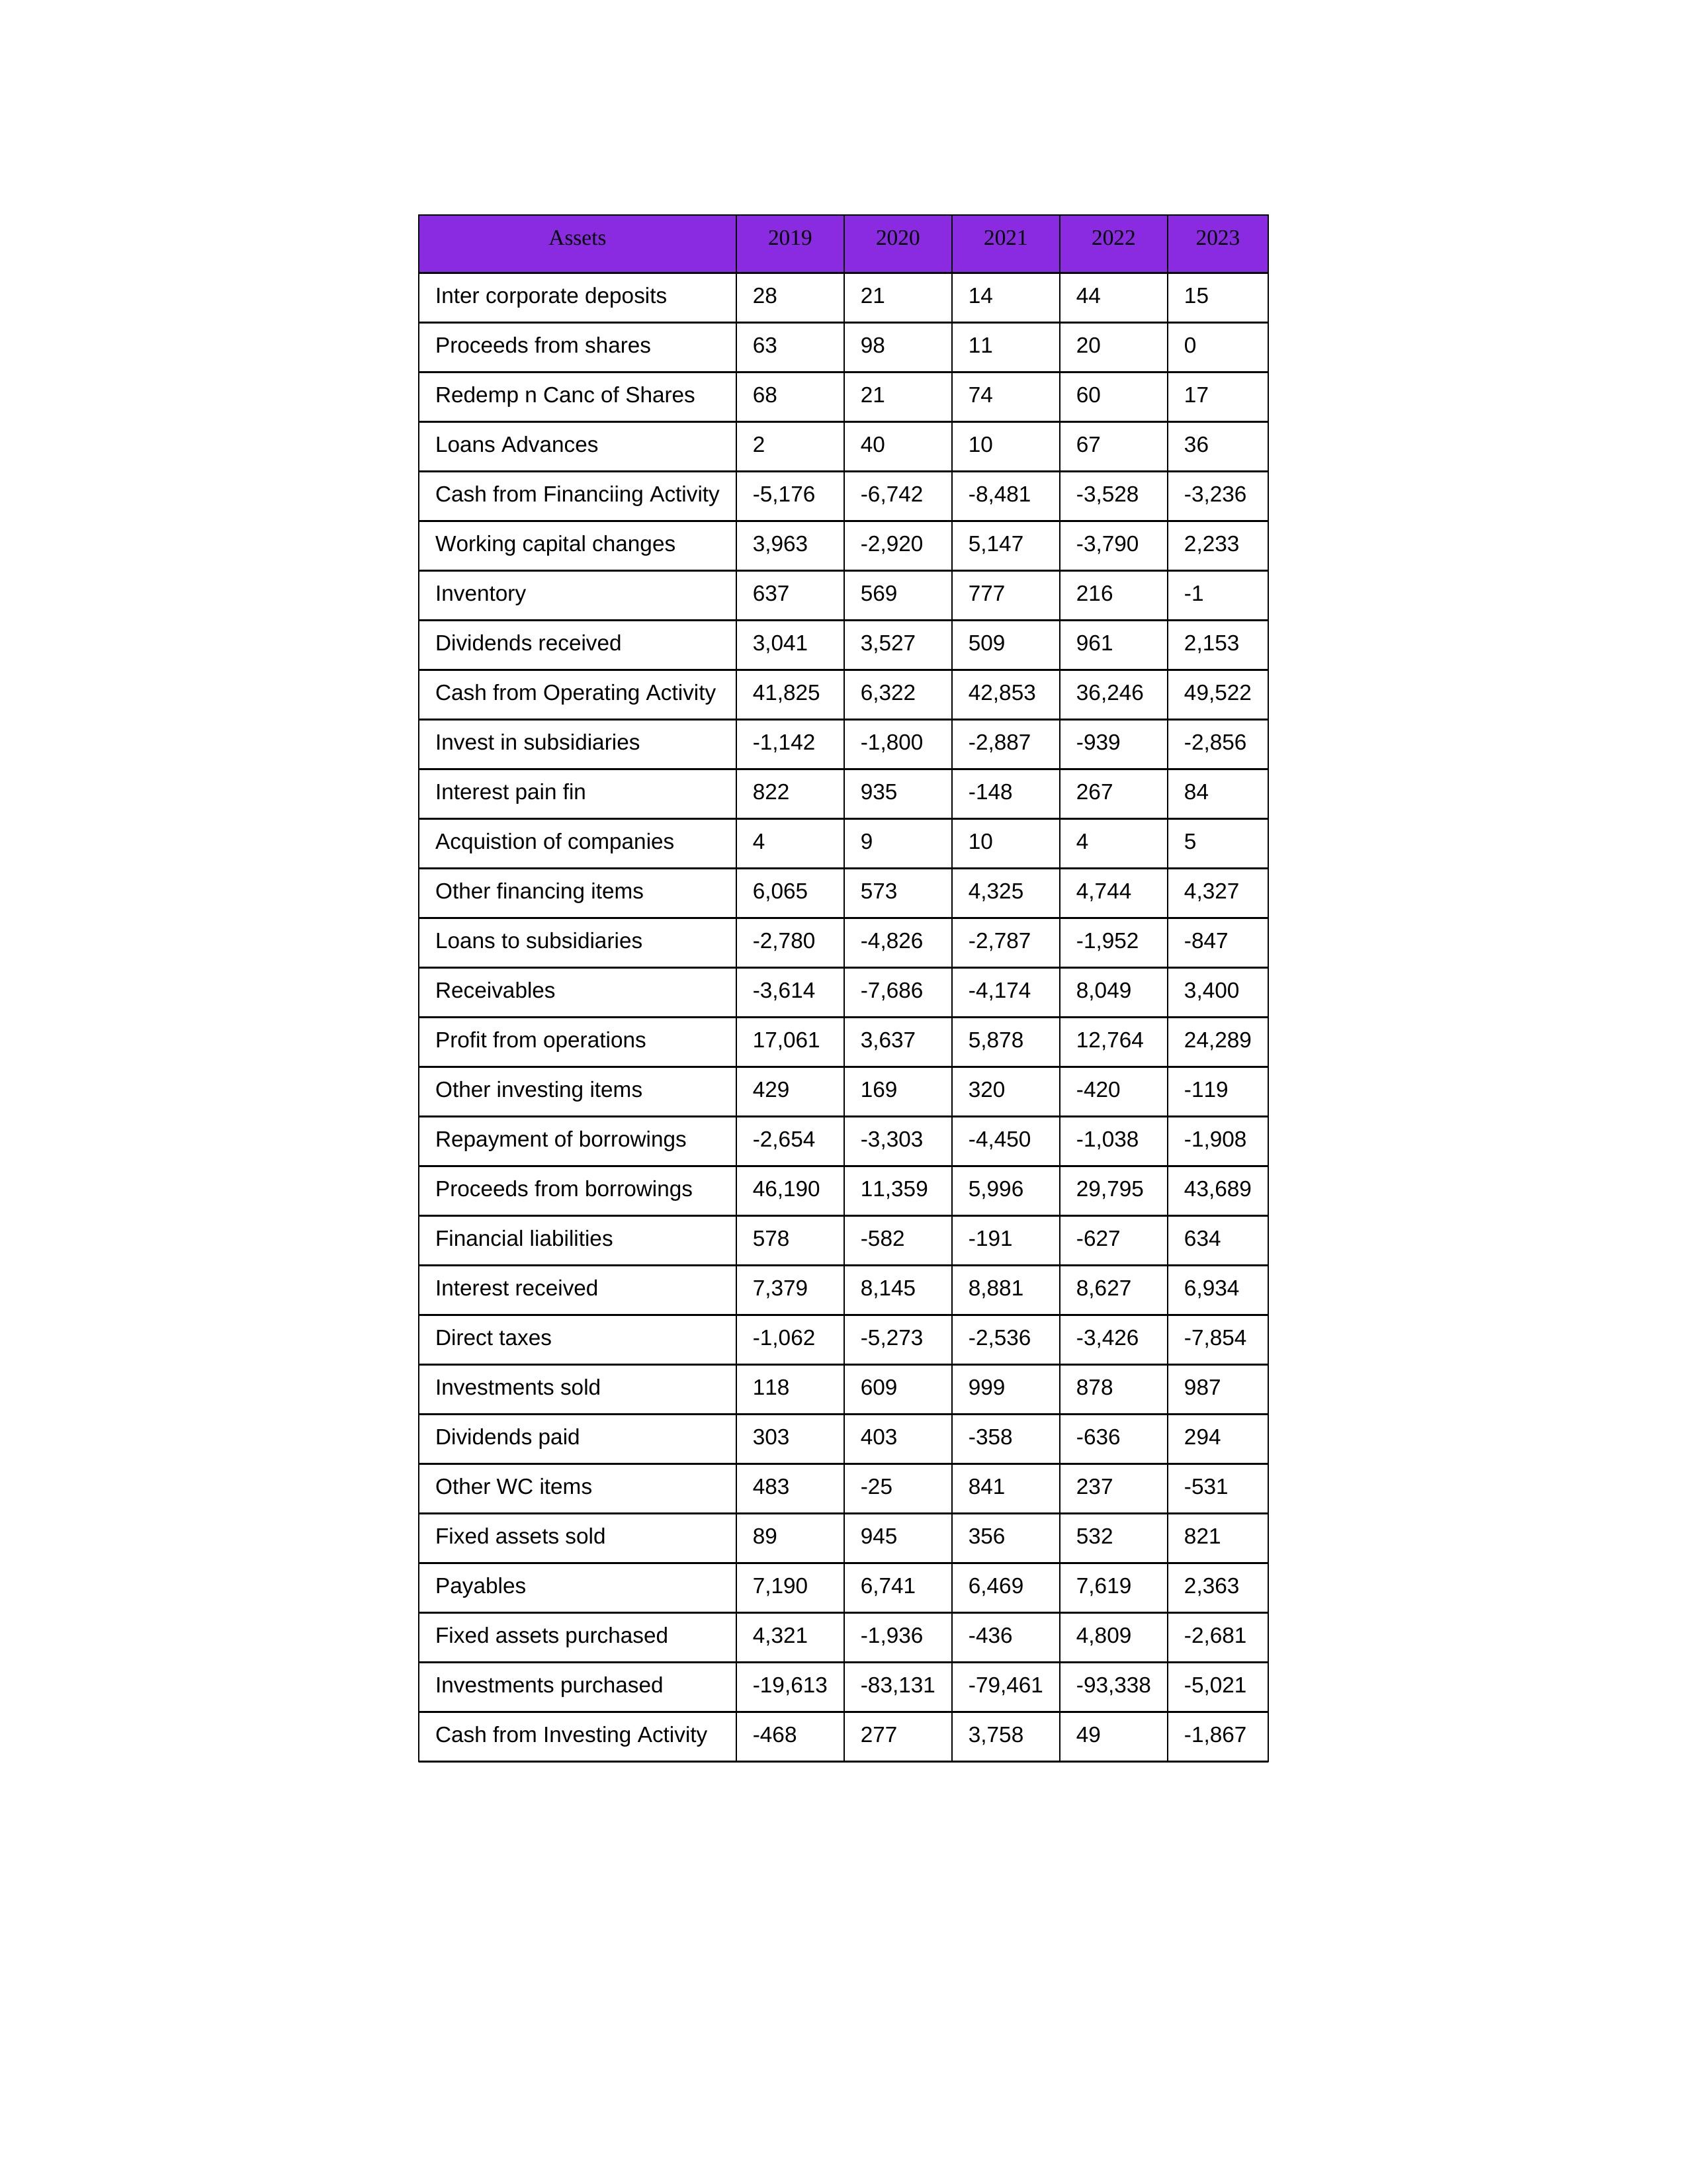
gt_parse: 2019: Cash from Operating Activity: 41,825
Profit from operations: 17,061
Receivables: -3,614
Inventory: 637
Payables: 7,190
Loans Advances: 2
Other WC items: 483
Working capital changes: 3,963
Direct taxes: -1,062
Cash from Investing Activity: -468
Fixed assets purchased: 4,321
Fixed assets sold: 89
Investments purchased: -19,613
Investments sold: 118
Interest received: 7,379
Dividends received: 3,041
Invest in subsidiaries: -1,142
Loans to subsidiaries: -2,780
Redemp n Canc of Shares: 68
Acquistion of companies: 4
Inter corporate deposits: 28
Other investing items: 429
Cash from Financiing Activity: -5,176
Proceeds from shares: 63
Proceeds from borrowings: 46,190
Repayment of borrowings: -2,654
Interest pain fin: 822
Dividends paid: 303
Financial liabilities: 578
Other financing items: 6,065
2020: Cash from Operating Activity: 6,322
Profit from operations: 3,637
Receivables: -7,686
Inventory: 569
Payables: 6,741
Loans Advances: 40
Other WC items: -25
Working capital changes: -2,920
Direct taxes: -5,273
Cash from Investing Activity: 277
Fixed assets purchased: -1,936
Fixed assets sold: 945
Investments purchased: -83,131
Investments sold: 609
Interest received: 8,145
Dividends received: 3,527
Invest in subsidiaries: -1,800
Loans to subsidiaries: -4,826
Redemp n Canc of Shares: 21
Acquistion of companies: 9
Inter corporate deposits: 21
Other investing items: 169
Cash from Financiing Activity: -6,742
Proceeds from shares: 98
Proceeds from borrowings: 11,359
Repayment of borrowings: -3,303
Interest pain fin: 935
Dividends paid: 403
Financial liabilities: -582
Other financing items: 573
2021: Cash from Operating Activity: 42,853
Profit from operations: 5,878
Receivables: -4,174
Inventory: 777
Payables: 6,469
Loans Advances: 10
Other WC items: 841
Working capital changes: 5,147
Direct taxes: -2,536
Cash from Investing Activity: 3,758
Fixed assets purchased: -436
Fixed assets sold: 356
Investments purchased: -79,461
Investments sold: 999
Interest received: 8,881
Dividends received: 509
Invest in subsidiaries: -2,887
Loans to subsidiaries: -2,787
Redemp n Canc of Shares: 74
Acquistion of companies: 10
Inter corporate deposits: 14
Other investing items: 320
Cash from Financiing Activity: -8,481
Proceeds from shares: 11
Proceeds from borrowings: 5,996
Repayment of borrowings: -4,450
Interest pain fin: -148
Dividends paid: -358
Financial liabilities: -191
Other financing items: 4,325
2022: Cash from Operating Activity: 36,246
Profit from operations: 12,764
Receivables: 8,049
Inventory: 216
Payables: 7,619
Loans Advances: 67
Other WC items: 237
Working capital changes: -3,790
Direct taxes: -3,426
Cash from Investing Activity: 49
Fixed assets purchased: 4,809
Fixed assets sold: 532
Investments purchased: -93,338
Investments sold: 878
Interest received: 8,627
Dividends received: 961
Invest in subsidiaries: -939
Loans to subsidiaries: -1,952
Redemp n Canc of Shares: 60
Acquistion of companies: 4
Inter corporate deposits: 44
Other investing items: -420
Cash from Financiing Activity: -3,528
Proceeds from shares: 20
Proceeds from borrowings: 29,795
Repayment of borrowings: -1,038
Interest pain fin: 267
Dividends paid: -636
Financial liabilities: -627
Other financing items: 4,744
2023: Cash from Operating Activity: 49,522
Profit from operations: 24,289
Receivables: 3,400
Inventory: -1
Payables: 2,363
Loans Advances: 36
Other WC items: -531
Working capital changes: 2,233
Direct taxes: -7,854
Cash from Investing Activity: -1,867
Fixed assets purchased: -2,681
Fixed assets sold: 821
Investments purchased: -5,021
Investments sold: 987
Interest received: 6,934
Dividends received: 2,153
Invest in subsidiaries: -2,856
Loans to subsidiaries: -847
Redemp n Canc of Shares: 17
Acquistion of companies: 5
Inter corporate deposits: 15
Other investing items: -119
Cash from Financiing Activity: -3,236
Proceeds from shares: 0
Proceeds from borrowings: 43,689
Repayment of borrowings: -1,908
Interest pain fin: 84
Dividends paid: 294
Financial liabilities: 634
Other financing items: 4,327